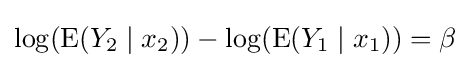
\log(\operatorname {E} (Y_{2}\mid x_{2}))-\log(\operatorname {E} (Y_{1}\mid x_{1}))=\beta